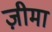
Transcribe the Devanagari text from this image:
ज़ीमा